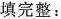
填完整：